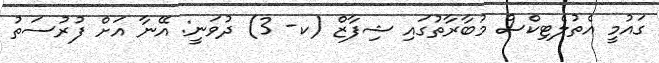
ގައުމީ އެތުލެޓިކްސް މުބާރާތުގައި ޝިފާޒް (ކ- 3) ދުވަނީ: އޭނާ އަށް ފުރުސަތު